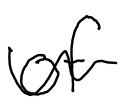
Text: of
Cross-out: wave
Writing tool: digital_black